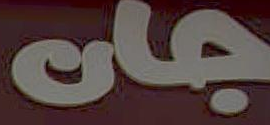
جان